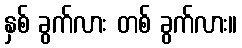
နှစ် ခွက်လား တစ် ခွက်လား။